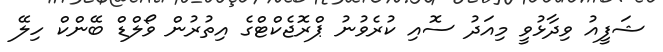
ޝަފީއު ވިދާޅުވީ މިއަދު ސޮއި ކުރެވުނު ޕްރޮޖެކްޓްގެ އިތުރުން ވޯލްޑް ބޭންކް ހިލޭ